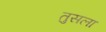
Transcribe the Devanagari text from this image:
तुसला